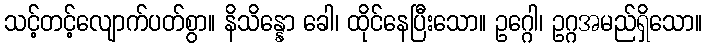
သင့်တင့်လျောက်ပတ်စွာ။ နိသိန္နော ခေါ၊ ထိုင်နေပြီးသော။ ဥဂ္ဂေါ၊ ဥဂ္ဂအမည်ရှိသော။